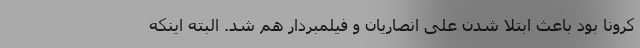
کرونا بود باعث ابتلا شدن علی انصاریان و فیلمبردار هم شد. البته اینکه